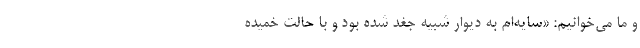
و ما می‌خوانیم: «سایه‌ام به دیوار شبیه جغد شده بود و با حالت خمیده